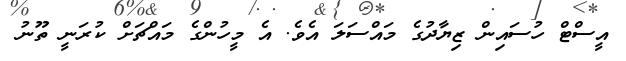
އީސްޓް ހުސައިން ޒިޔާދުގެ މައްސަލަ އެވެ. އެ މީހުންގެ މައްޗަށް ކުރަނީ ތޫނު